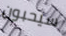
سيحبون